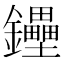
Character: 鑸